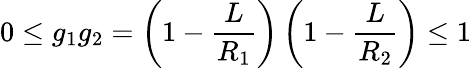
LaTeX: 0\le g_{1}g_{2}=\left(1-\frac{L}{R_{1}}\right)\left(1-\frac{L}{R_{2}}\right)\le 1